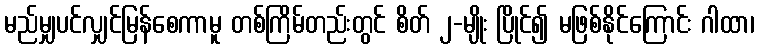
မည်မျှပင်လျှင်မြန်စေကာမူ တစ်ကြိမ်တည်းတွင် စိတ် ၂-မျိုး ပြိုင်၍ မဖြစ်နိုင်ကြောင်း ဂါထာ၊